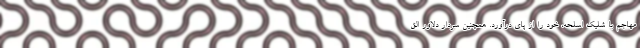
مهاجم با شلیک اسلحه، خود را از پای درآورد. همچنین سردار دلاور الق